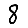
Digit: 8